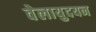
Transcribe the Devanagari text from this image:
वेलायुदयन